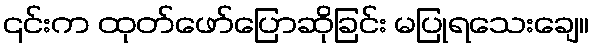
၎င်းက ထုတ်ဖော်ပြောဆိုခြင်း မပြုရသေးချေ။